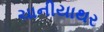
ચાનીયાથર